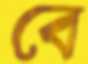
বে